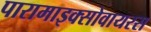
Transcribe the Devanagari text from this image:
पारामाइक्सोवायरस